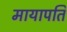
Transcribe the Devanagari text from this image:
मायापति